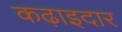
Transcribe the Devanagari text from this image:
कढ़ाइदार